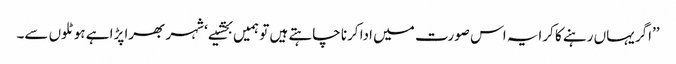
’’اگر یہاں رہنے کا کرایہ اس صورت میں ادا کرنا چاہتے ہیں تو ہمیں بخشیے‘ شہر بھرا پڑا ہے ہوٹلوں سے۔